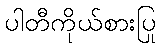
ပါတီကိုယ်စားပြု